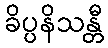
ခိပ္ပနိသန္တီ